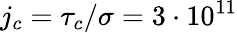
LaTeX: j_{c}=\tau_{c}/\sigma=3\cdot 10^{11}